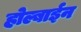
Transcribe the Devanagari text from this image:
होल्बाईन